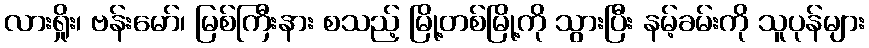
လားရှိုး၊ ဗန်းမော်၊ မြစ်ကြီးနား စသည့် မြို့တစ်မြို့ကို သွားပြီး နမ့်ခမ်းကို သူပုန်များ